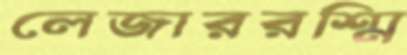
লেজাররশ্মি